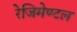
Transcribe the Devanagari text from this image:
रेजिमेण्टल